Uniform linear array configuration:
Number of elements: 16
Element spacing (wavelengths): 0.25
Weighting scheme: hann
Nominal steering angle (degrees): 60
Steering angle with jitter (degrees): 60.743
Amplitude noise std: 0.05
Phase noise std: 0.05

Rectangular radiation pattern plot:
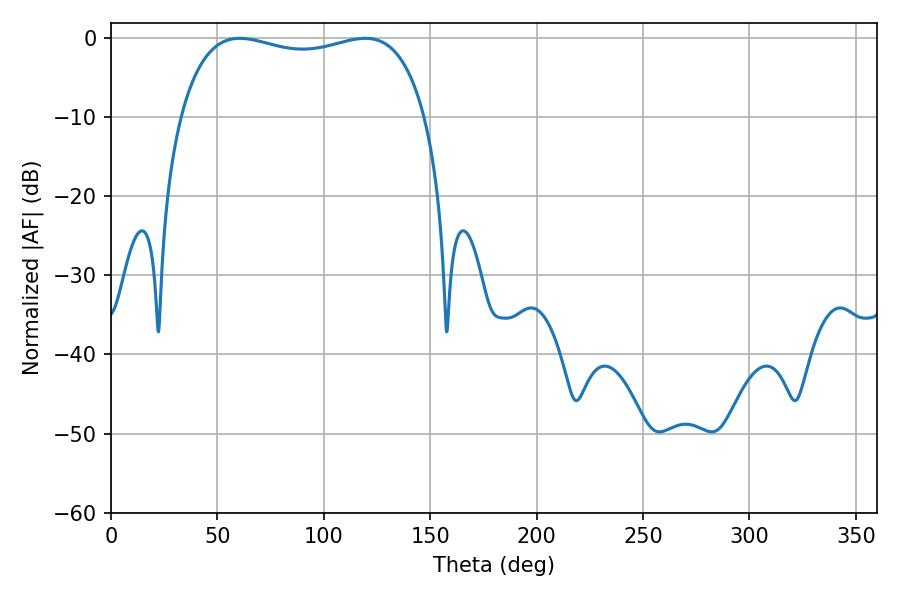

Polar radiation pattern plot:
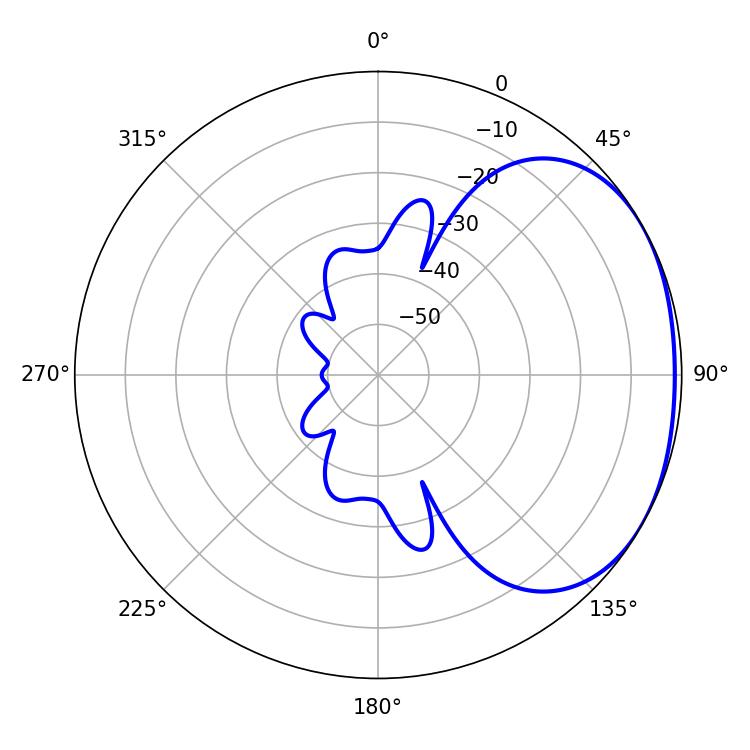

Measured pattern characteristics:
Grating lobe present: FALSE
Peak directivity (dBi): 1.855
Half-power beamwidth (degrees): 93.96
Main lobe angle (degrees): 60.48